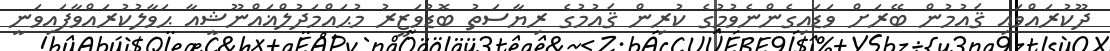
ދޫކުރައްވައި ޤައުމުން ބޭރަށް ވަޑައިގެންނެވުމުގެ ކުރިން ޤައުމުގެ ރިޔާސަތު ބޮޑުވަޒީރު މުޙައްމަދުލްޣައްނޫޝީއާ ޙަވާލުކުރައްވާފައިވަނީ